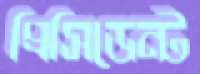
প্রিসিডেন্ট